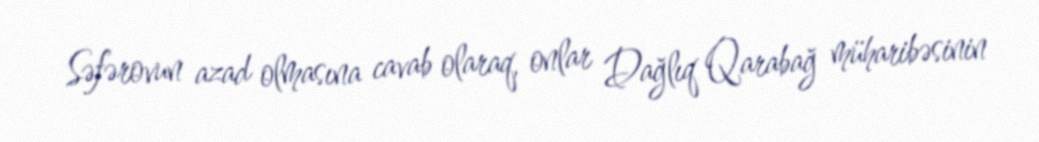
Səfərovun azad olmasına cavab olaraq, onlar Dağlıq Qarabağ müharibəsinin